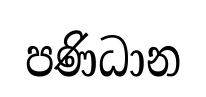
පණිධාන